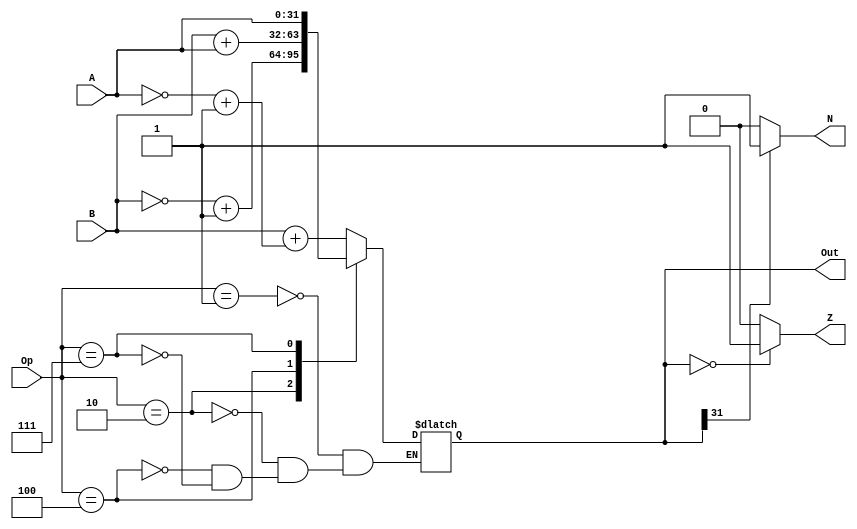
`timescale 1ns / 1ps
//////////////////////////////////////////////////////////////////////////////////
// Company: 
// Engineer: 
// 
// Design Name: 
// Module Name: alu
// Project Name: 
// Target Devices: 
// Tool Versions: 
// Description: 
// 
// Dependencies: 
// 
// Revision:
// Revision 0.01 - File Created
// Additional Comments:
// 
//////////////////////////////////////////////////////////////////////////////////


module alu(A,B,Op,Out,Z,N);

input [31:0] A;
input [31:0] B;
input [2:0] Op;
output reg [31:0] Out;
output reg Z;
output reg N;

always@(A,B,Op)
begin
    case(Op)
        3'b001: Out = B+(((~A)+1)); //B-A
        3'b010: Out = (~B)+1; //-B
        3'b100: Out = B+A; //B+A
        3'b111: Out = A; //A
    endcase
end

// Setting the zero and negative flags
always@(Out)
begin
    // Zero flag
    Z=0;
    if(Out==0)
        Z=1;
    // Negative flag
    N=0;
    if(Out[31]==1)
        N=1;
end

endmodule